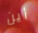
أين